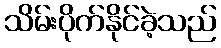
သိမ်းပိုက်နိုင်ခဲ့သည်